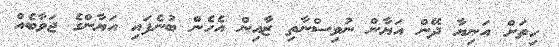
ހިތަށް އަނިޔާ ދޭން އަޔާން ނުވިސްނާތި ޒާއިން އެހެން ބުނެފައި އަޔާންގެ ޖަވާބެއް